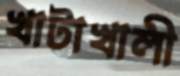
খাটাখালী